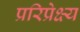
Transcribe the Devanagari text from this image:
प्ररिप्रेक्ष्य